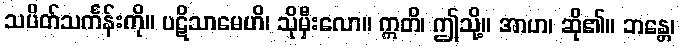
သပိတ်သင်္ကန်းကို။ ပဋိသာမေဟိ၊ သိုမှီးလော။ ဣတိ၊ ဤသို့။ အာဟ၊ ဆို၏။ ဘန္တေ၊